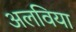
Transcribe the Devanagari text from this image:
अलविया